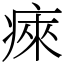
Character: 㾢